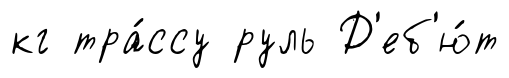
кг тра́ссу руль Д'еб'ю́т